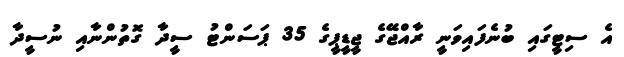
އެ ސިޓީގައި ބުނެފައިވަނީ ރާއްޖޭގެ ޖީޑީޕީގެ 35 ޕަސަންޓު ސީދާ ގޮތުންނާއި ނުސީދާ